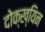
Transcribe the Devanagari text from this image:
दोक्ख्यिन